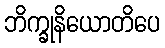
ဘိက္ခုနိယောတိပေ